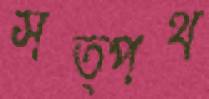
সত্পথ